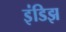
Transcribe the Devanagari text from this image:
इंडिझ